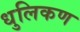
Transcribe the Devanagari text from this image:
धुलिकण